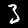
Digit: 3